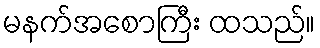
မနက်အစောကြီး ထသည်။